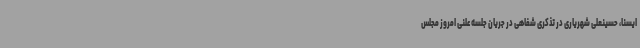
ایسنا، حسینعلی شهریاری در تذکری شفاهی در جریان جلسه علنی امروز مجلس